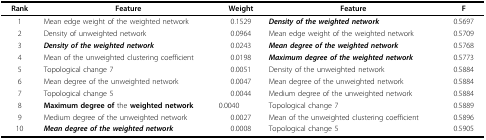
| Rank | Feature | Weight | Feature | F |
 | --- | --- | --- | --- | --- |
 | 1 | Mean edge weight of the weighted network | 0.1529 | Density of the weighted network | 0.5697 |
 | 2 | Density of unweighted network | 0.0964 | Mean edge weight of the weighted network | 0.5709 |
 | 3 | Density of the weighted network | 0.0243 | Mean degree of the weighted network | 0.5768 |
 | 4 | Mean of the unweighted clustering coefficient | 0.0198 | Maximum degree of the weighted network | 0.5773 |
 | 5 | Topological change 7 | 0.0051 | Density of the unweighted network | 0.5884 |
 | 6 | Mean degree of the unweighted network | 0.0047 | Mean degree of the unweighted network | 0.5884 |
 | 7 | Topological change 5 | 0.0044 | Medium degree of the unweighted network | 0.5884 |
 | 8 | Maximum degree of the weighted network | 0.0040 | Topological change 7 | 0.5889 |
 | 9 | Medium degree of the unweighted network | 0.0027 | Mean of the unweighted clustering coefficient | 0.5896 |
 | 10 | Mean degree of the weighted network | 0.0008 | Topological change 5 | 0.5905 |